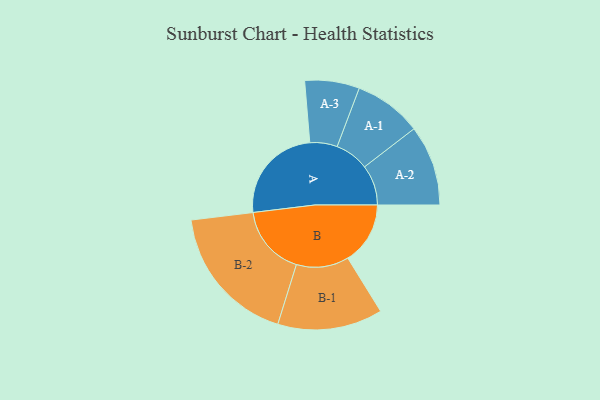
{"axis": {"x": "Segment", "y": "Value"}, "legend": ["", "A", "B"], "data": [{"x": "A", "y": 419, "type": ""}, {"x": "B", "y": 265, "type": ""}, {"x": "A-1", "y": 144, "type": "A"}, {"x": "A-2", "y": 171, "type": "A"}, {"x": "A-3", "y": 116, "type": "A"}, {"x": "B-1", "y": 223, "type": "B"}, {"x": "B-2", "y": 299, "type": "B"}]}